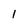
Character: 1